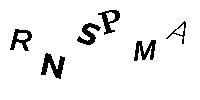
RNSPMA